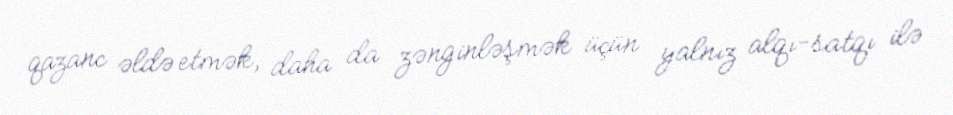
qazanc əldə etmək, daha da zənginləşmək üçün yalnız alqı-satqı ilə